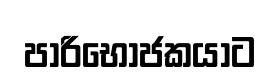
පාරිභෝජකයාට